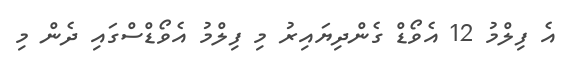
އެ ފިލްމު 12 އެވޯޑް ގެންދިޔައިރު މި ފިލްމު އެވޯޑްސްގައި ދެން މި